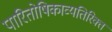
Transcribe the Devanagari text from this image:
पारितोषिकाव्यतिरिक्त